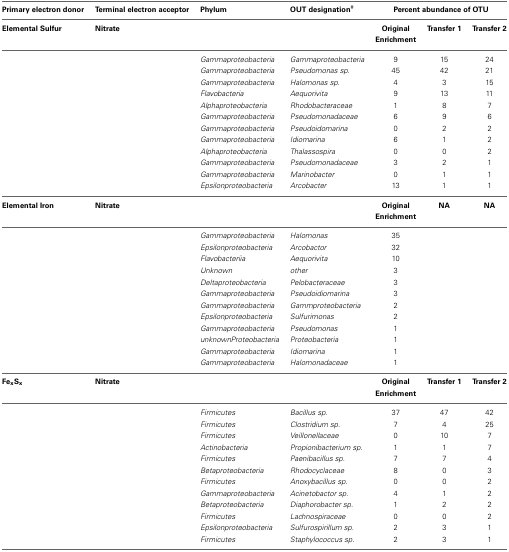
<table><thead><tr><td><b>Primary electron donor</b></td><td><b>Terminal electron acceptor</b></td><td><b>Phylum</b></td><td><b>OUT designation<sup>#</sup></b></td><td colspan="3"><b>Percent abundance of OTU</b></td></tr></thead><tbody><tr><td><b>Elemental Sulfur</b></td><td><b>Nitrate</b></td><td></td><td></td><td><b>Original Enrichment</b></td><td><b>Transfer 1</b></td><td><b>Transfer 2</b></td></tr><tr><td></td><td></td><td><i>Gammaproteobacteria</i></td><td><i>Gammaproteobacteria</i></td><td>9</td><td>15</td><td>24</td></tr><tr><td></td><td></td><td><i>Gammaproteobacteria</i></td><td><i>Pseudomonas sp.</i></td><td>45</td><td>42</td><td>21</td></tr><tr><td></td><td></td><td><i>Gammaproteobacteria</i></td><td><i>Halomonas sp.</i></td><td>4</td><td>3</td><td>15</td></tr><tr><td></td><td></td><td><i>Flavobacteria</i></td><td><i>Aequorivita</i></td><td>9</td><td>13</td><td>11</td></tr><tr><td></td><td></td><td><i>Alphaproteobacteria</i></td><td><i>Rhodobacteraceae</i></td><td>1</td><td>8</td><td>7</td></tr><tr><td></td><td></td><td><i>Gammaproteobacteria</i></td><td><i>Pseudomonadaceae</i></td><td>6</td><td>9</td><td>6</td></tr><tr><td></td><td></td><td><i>Gammaproteobacteria</i></td><td><i>Pseudoidomarina</i></td><td>0</td><td>2</td><td>2</td></tr><tr><td></td><td></td><td><i>Gammaproteobacteria</i></td><td><i>Idiomarina</i></td><td>6</td><td>1</td><td>2</td></tr><tr><td></td><td></td><td><i>Alphaproteobacteria</i></td><td><i>Thalassospira</i></td><td>0</td><td>0</td><td>2</td></tr><tr><td></td><td></td><td><i>Gammaproteobacteria</i></td><td><i>Pseudomonadaceae</i></td><td>3</td><td>2</td><td>1</td></tr><tr><td></td><td></td><td><i>Gammaproteobacteria</i></td><td><i>Marinobacter</i></td><td>0</td><td>1</td><td>1</td></tr><tr><td></td><td></td><td><i>Epsilonproteobacteria</i></td><td><i>Arcobacter</i></td><td>13</td><td>1</td><td>1</td></tr><tr><td><b>Elemental Iron</b></td><td><b>Nitrate</b></td><td></td><td></td><td><b>Original Enrichment</b></td><td><b>NA</b></td><td><b>NA</b></td></tr><tr><td></td><td></td><td><i>Gammaproteobacteria</i></td><td><i>Halomonas</i></td><td>35</td><td></td><td></td></tr><tr><td></td><td></td><td><i>Epsilonproteobacteria</i></td><td><i>Arcobactor</i></td><td>32</td><td></td><td></td></tr><tr><td></td><td></td><td><i>Flavobacteriia</i></td><td><i>Aequorivita</i></td><td>10</td><td></td><td></td></tr><tr><td></td><td></td><td><i>Unknown</i></td><td><i>other</i></td><td>3</td><td></td><td></td></tr><tr><td></td><td></td><td><i>Deltaproteobacteria</i></td><td><i>Pelobacteraceae</i></td><td>3</td><td></td><td></td></tr><tr><td></td><td></td><td><i>Gammaproteobacteria</i></td><td><i>Pseudoidiomarina</i></td><td>3</td><td></td><td></td></tr><tr><td></td><td></td><td><i>Gammaproteobacteria</i></td><td><i>Gammproteobacteria</i></td><td>2</td><td></td><td></td></tr><tr><td></td><td></td><td><i>Epsilonproteobacteria</i></td><td><i>Sulfurimonas</i></td><td>2</td><td></td><td></td></tr><tr><td></td><td></td><td><i>Gammaproteobacteria</i></td><td><i>Pseudomonas</i></td><td>1</td><td></td><td></td></tr><tr><td></td><td></td><td><i>unknownProteobacteria</i></td><td><i>Proteobacteria</i></td><td>1</td><td></td><td></td></tr><tr><td></td><td></td><td><i>Gammaproteobacteria</i></td><td><i>Idiomarina</i></td><td>1</td><td></td><td></td></tr><tr><td></td><td></td><td><i>Gammaproteobacteria</i></td><td><i>Halomonadaceae</i></td><td>1</td><td></td><td></td></tr><tr><td><b>Fe<sub>x</sub>S<sub>x</sub></b></td><td><b>Nitrate</b></td><td></td><td></td><td><b>Original Enrichment</b></td><td><b>Transfer 1</b></td><td><b>Transfer 2</b></td></tr><tr><td></td><td></td><td><i>Firmicutes</i></td><td><i>Bacillus sp.</i></td><td>37</td><td>47</td><td>42</td></tr><tr><td></td><td></td><td><i>Firmicutes</i></td><td><i>Clostridium sp.</i></td><td>7</td><td>4</td><td>25</td></tr><tr><td></td><td></td><td><i>Firmicutes</i></td><td><i>Veillonellaceae</i></td><td>0</td><td>10</td><td>7</td></tr><tr><td></td><td></td><td><i>Actinobacteria</i></td><td><i>Propionibacterium sp.</i></td><td>1</td><td>1</td><td>7</td></tr><tr><td></td><td></td><td><i>Firmicutes</i></td><td><i>Paenibacillus sp.</i></td><td>7</td><td>7</td><td>4</td></tr><tr><td></td><td></td><td><i>Betaproteobacteria</i></td><td><i>Rhodocyclaceae</i></td><td>8</td><td>0</td><td>3</td></tr><tr><td></td><td></td><td><i>Firmicutes</i></td><td><i>Anoxybacillus sp.</i></td><td>0</td><td>0</td><td>2</td></tr><tr><td></td><td></td><td><i>Gammaproteobacteria</i></td><td><i>Acinetobactor sp.</i></td><td>4</td><td>1</td><td>2</td></tr><tr><td></td><td></td><td><i>Betaproteobacteria</i></td><td><i>Diaphorobacter sp.</i></td><td>1</td><td>2</td><td>2</td></tr><tr><td></td><td></td><td><i>Firmicutes</i></td><td><i>Lachnospiraceae</i></td><td>0</td><td>0</td><td>2</td></tr><tr><td></td><td></td><td><i>Epsilonproteobacteria</i></td><td><i>Sulfurospirillum sp.</i></td><td>2</td><td>3</td><td>1</td></tr><tr><td></td><td></td><td><i>Firmicutes</i></td><td><i>Staphylococcus sp.</i></td><td>2</td><td>3</td><td>1</td></tr></tbody></table>